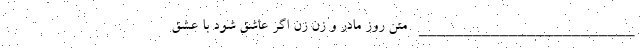
________________________ متن روز مادر و زن زن اگر عاشق شود با عشق